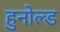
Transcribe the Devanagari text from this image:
हुनोल्ड